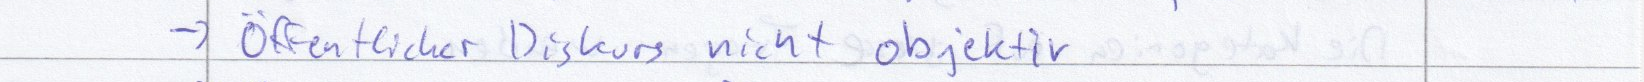
-> Öffentlicher Diskurs nicht objekt